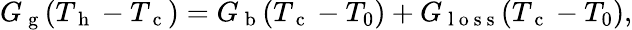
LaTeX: G_{\mathrm{~g~}}(T_{\mathrm{~h~}}-T_{\mathrm{~c~}})=G_{\mathrm{~b~}}(T_{\mathrm{~c~}}-T_{0})+G_{\mathrm{~l~o~s~s~}}(T_{\mathrm{~c~}}-T_{0}){,}